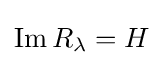
\operatorname {Im} R_{\lambda }=H